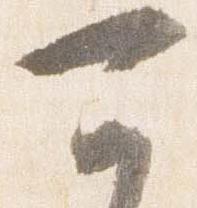
可